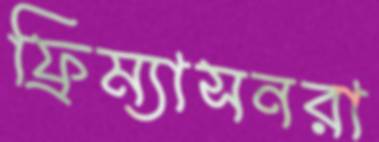
ফ্রিম্যাসনরা